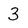
Character: 3